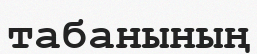
табанының